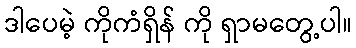
ဒါပေမဲ့ ကိုကံရှိန် ကို ရှာမတွေ့ပါ။